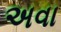
અવા